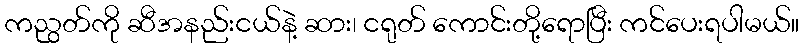
ကညွတ်ကို ဆီအနည်းငယ်နဲ့ ဆား၊ ငရုတ် ကောင်းတို့ရောပြီး ကင်ပေးရပါမယ်။